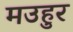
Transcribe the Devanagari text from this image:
मउहुर